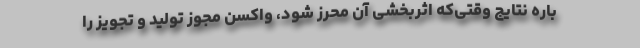
باره نتایج وقتی‌که اثربخشی آن محرز شود، واکسن مجوز تولید و تجویز را